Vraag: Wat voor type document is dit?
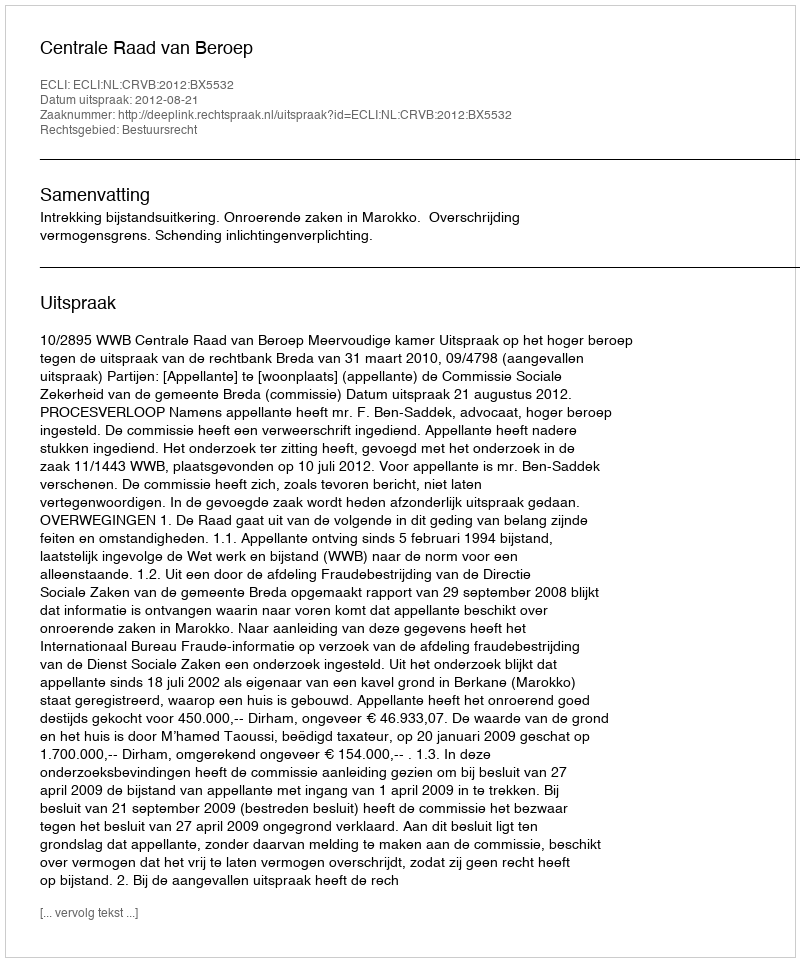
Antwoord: Uitspraak